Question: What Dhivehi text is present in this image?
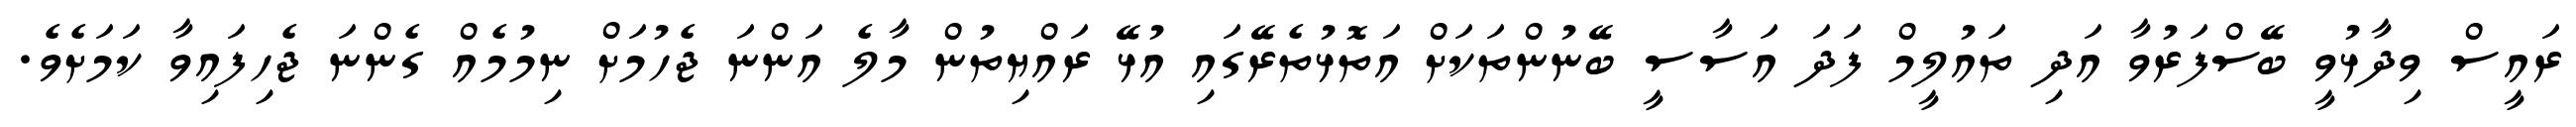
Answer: ރައީސް ވިދާޅުވީ ބޭސްފަރުވާ އަދި ތައުލީމް ފަދަ އަސާސީ ބޭނުންތަކަށް އަތޮޅުތެރޭގައި އުޅޭ ރައްޔިތުން މާލެ އަންނަ ޖެހުމަށް ނިމުމެއް ގެންނަ ޖެހިފައިވާ ކަމަށެވެ.